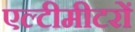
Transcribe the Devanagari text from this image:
एल्टीमीटरों